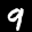
Label: 9